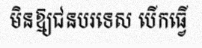
មិនឱ្យជនបរទេស បើកធ្វើ